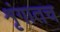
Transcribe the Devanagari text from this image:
शृंगातच